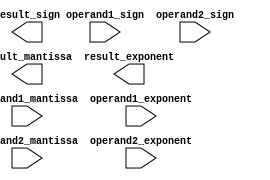
module extended_precision_fp_adder(
  input [31:0] operand1_mantissa,
  input [7:0] operand1_exponent,
  input [1:0] operand1_sign,
  input [31:0] operand2_mantissa,
  input [7:0] operand2_exponent,
  input [1:0] operand2_sign,
  output [31:0] result_mantissa,
  output [7:0] result_exponent,
  output [1:0] result_sign
);

// Addition logic implementation for extended precision floating point numbers

endmodule